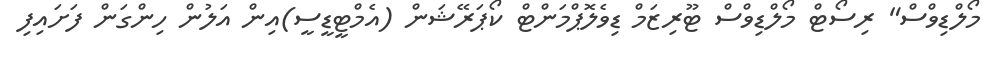
މޯލްޑިވްސް" ރިސޯޓް މޯލްޑިވްސް ޓޫރިޒަމް ޑިވެލޮޕްމަންޓް ކޯޕަރޭޝަން (އެމްޓީޑީސީ)އިން އަލުން ހިންގަން ފަށައިފި